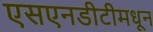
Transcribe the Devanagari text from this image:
एसएनडीटीमधून